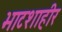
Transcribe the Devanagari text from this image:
भाटशाहीर